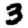
Digit: 3